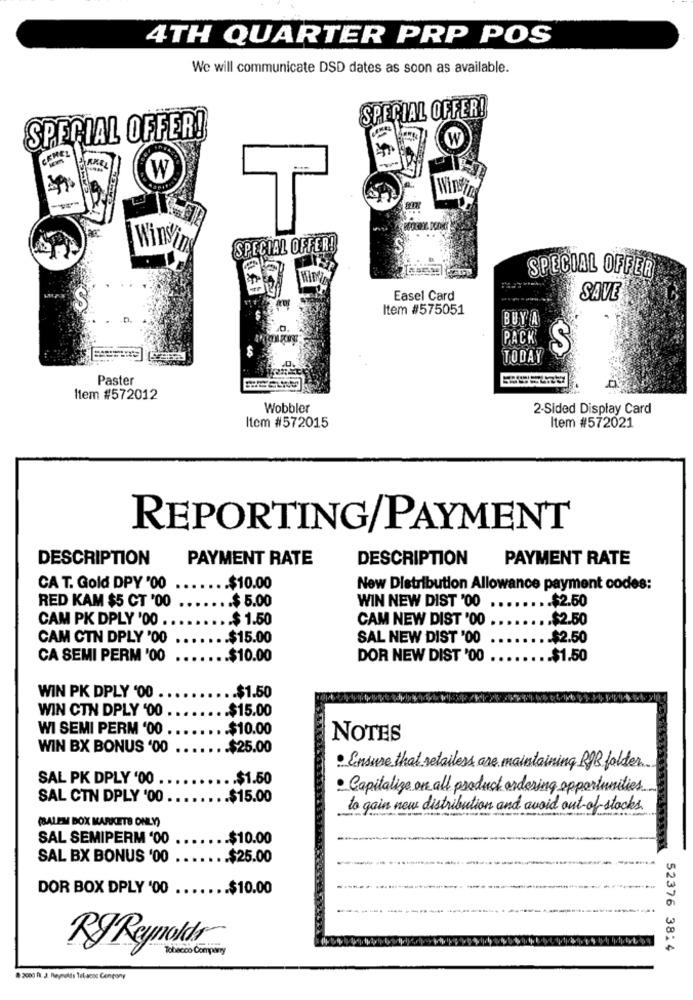
4TH QUARTER PRP POS
We will communicate DSD dates as soon as available.
SPECIAL OFFER!
SPECIAL OFFER!
W
CENEL
W
T
Winving
SPECIAL OFFER!
SPECIAL OFFER
Easel Card
SAVE
Item #575051
BUY A
PACK
S
TODAY
Paster
Item #572012
Wobbler
2-Sided Display Card
Item #572015
Item #572021
REPORTING/PAYMENT
DESCRIPTION
PAYMENT RATE
DESCRIPTION
PAYMENT RATE
CA T. Gold DPY '00
...... $10.00
New Distribution Allowance payment codes:
RED KAM $5 CT '00
.. $ 5.00
....... $2.50
WIN NEW DIST '00
CAM PK DPLY '00 ..
.... $ 1.50
CAM NEW DIST '00
...... $2.50
CAM CTN DPLY '00
.... $15.00
SAL NEW DIST '00
.$2.50
CA SEMI PERM '00
...... $10.00
DOR NEW DIST '00
.. $1.50
WIN PK DPLY '00
.. $1.50
WIN CTN DPLY '00
.. $15.00
WI SEMI PERM '00 .
...... $10.00
NOTES
WIN BX BONUS '00
....... $25.00
· Ensure that retailers are maintaining R&B folder ...
SAL PK DPLY '00 .
... $1.50
. Capitalize on all product ordering opportunities
SAL CTN DPLY '00
.... $15.00
to gain new distribution and avoid out of stocks.
(BALEM BOX MARKETS ONLY)
SAL SEMIPERM '00
.. $10.00
SAL BX BONUS '00
... $25.00
DOR BOX DPLY '00
....... $10.00
RyReynolds®
Tobacco Company
52376 38:4
8 2000 h. J. Reynolds Telacoc Congony